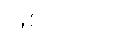
ဖြစ်ပါသည်။